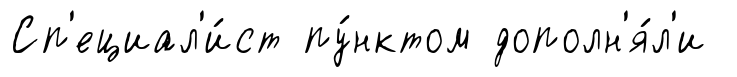
Сп'ециал'и́ст пу́нктом дополн'я́л'и